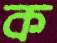
ক